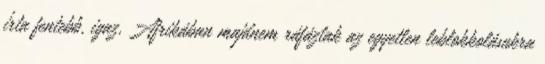
írta fentebb, igaz, Afrikában majdnem ráfáztak az egyetlen leblokkolásukra